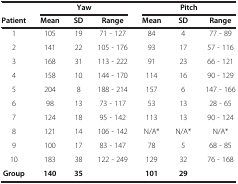
<table><thead><tr><td><b> </b></td><td colspan="3"><b>Yaw</b></td><td colspan="3"><b>Pitch</b></td></tr><tr><td><b>Patient</b></td><td><b>Mean</b></td><td><b>SD</b></td><td><b>Range</b></td><td><b>Mean</b></td><td><b>SD</b></td><td><b>Range</b></td></tr></thead><tbody><tr><td>1</td><td>105</td><td>19</td><td>71 - 127</td><td>84</td><td>4</td><td>77 - 89</td></tr><tr><td>2</td><td>141</td><td>22</td><td>105 - 176</td><td>93</td><td>17</td><td>57 - 116</td></tr><tr><td>3</td><td>168</td><td>31</td><td>113 - 222</td><td>91</td><td>23</td><td>66 - 121</td></tr><tr><td>4</td><td>158</td><td>10</td><td>144 - 170</td><td>114</td><td>16</td><td>90 - 129</td></tr><tr><td>5</td><td>204</td><td>8</td><td>188 - 214</td><td>157</td><td>6</td><td>147 - 166</td></tr><tr><td>6</td><td>98</td><td>13</td><td>73 - 117</td><td>53</td><td>13</td><td>28 - 65</td></tr><tr><td>7</td><td>124</td><td>18</td><td>95 - 142</td><td>113</td><td>13</td><td>90 - 124</td></tr><tr><td>8</td><td>121</td><td>14</td><td>106 - 142</td><td>N/A*</td><td>N/A*</td><td>N/A*</td></tr><tr><td>9</td><td>100</td><td>17</td><td>83 - 147</td><td>78</td><td>5</td><td>68 - 85</td></tr><tr><td>10</td><td>183</td><td>38</td><td>122 - 249</td><td>129</td><td>32</td><td>76 - 168</td></tr><tr><td><b>Group</b></td><td><b>140</b></td><td><b>35</b></td><td> </td><td><b>101</b></td><td><b>29</b></td><td> </td></tr></tbody></table>